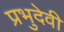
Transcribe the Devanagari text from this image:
प्रभुदेवी